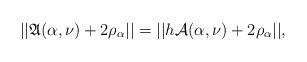
LaTeX: \begin{align*} ||\mathfrak{A}(\alpha, \nu) + 2 \rho_{\alpha}|| = ||h \mathcal{A}(\alpha, \nu) + 2 \rho_{\alpha}||,\end{align*}